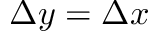
\Delta y = \Delta x